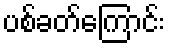
ပစ်ခတ်ကြောင်း